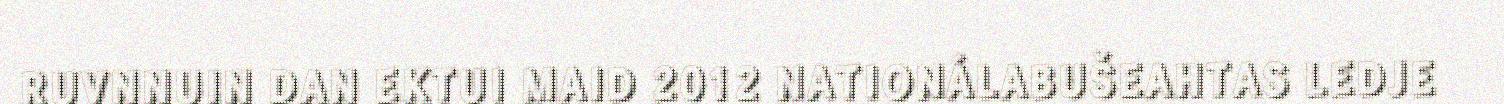
RUVNNUIN DAN EKTUI MAID 2012 NATIONÁLABUŠEAHTAS LEDJE